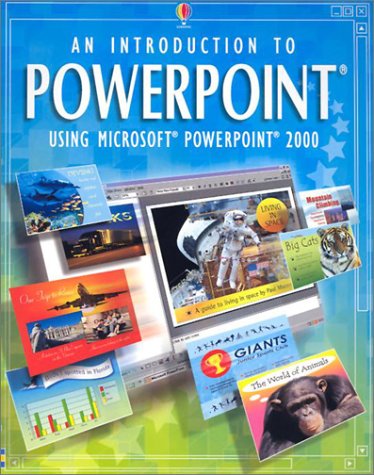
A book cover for An Introduction to PowerPoint: Using Microsoft PowerPoint 2000 (Usborne Computer Guides); Ruth Brocklehurst; Children's Books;